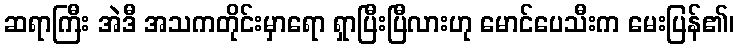
ဆရာကြီး အဲဒီ အသကတိုင်းမှာရော ရှာပြီးပြီလားဟု မောင်ပေသီးက မေးပြန်၏၊